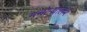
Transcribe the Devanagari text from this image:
मनोऱ्यात२